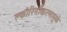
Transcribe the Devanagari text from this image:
क्लोरिनीकरणामुळे